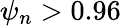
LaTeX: \psi_{n}>0.96